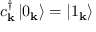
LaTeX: c _ { \mathbf { k } } ^ { \dagger } \left| 0 _ { \mathbf { k } } \right\rangle = \left| 1 _ { \mathbf { k } } \right\rangle